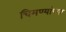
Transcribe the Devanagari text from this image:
चिमण्यांच्या